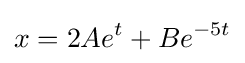
x=2Ae^{t}+Be^{-5t}